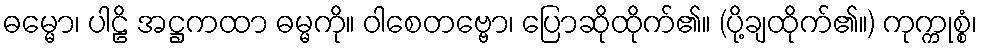
ဓမ္မော၊ ပါဠိ အဋ္ဌကထာ ဓမ္မကို။ ဝါစေတဗ္ဗော၊ ပြောဆိုထိုက်၏။ (ပို့ချထိုက်၏။) ကုက္ကုစ္စံ၊